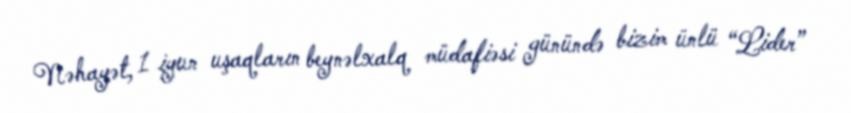
Nəhayət, 1 iyun uşaqların beynəlxalq müdafiəsi günündə bizim ünlü “Lider”